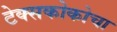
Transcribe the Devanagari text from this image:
टेक्सकोकोचा